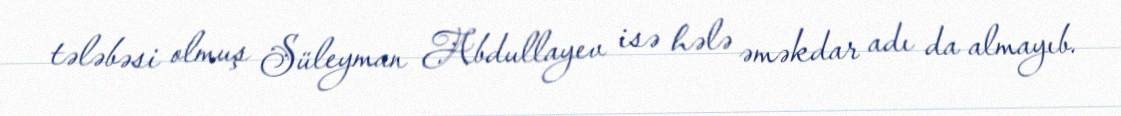
tələbəsi olmuş Süleyman Abdullayev isə hələ əməkdar adı da almayıb.